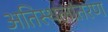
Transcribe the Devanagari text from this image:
अतिस्थलांतरण